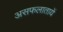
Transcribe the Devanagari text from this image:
असफलातायें